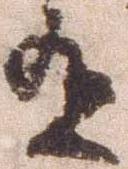
有